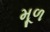
મૂળ